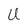
Character: U